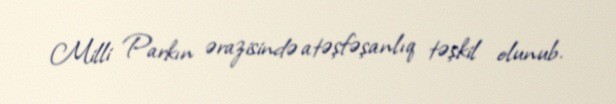
Milli Parkın ərazisində atəşfəşanlıq təşkil olunub.